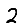
Digit: 2